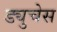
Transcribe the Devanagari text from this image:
ड्युचेस